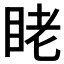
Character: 𬑑